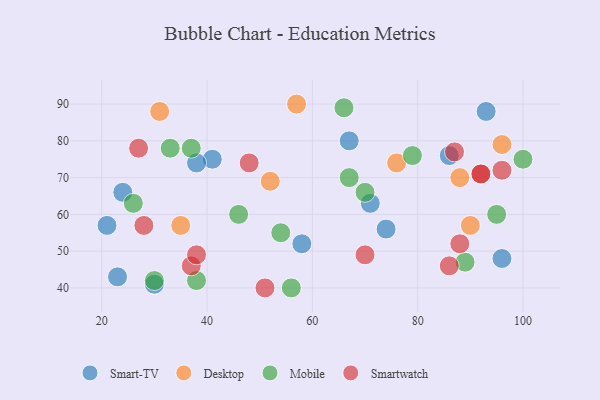
{"axis": {"x": "GDP", "y": "Life Expectancy"}, "legend": ["Desktop", "Mobile", "Smart-TV", "Smartwatch"], "data": [{"x": "71", "y": 63, "type": "Smart-TV"}, {"x": "86", "y": 76, "type": "Smart-TV"}, {"x": "24", "y": 66, "type": "Smart-TV"}, {"x": "30", "y": 41, "type": "Smart-TV"}, {"x": "23", "y": 43, "type": "Smart-TV"}, {"x": "41", "y": 75, "type": "Smart-TV"}, {"x": "21", "y": 57, "type": "Smart-TV"}, {"x": "58", "y": 52, "type": "Smart-TV"}, {"x": "74", "y": 56, "type": "Smart-TV"}, {"x": "38", "y": 74, "type": "Smart-TV"}, {"x": "93", "y": 88, "type": "Smart-TV"}, {"x": "67", "y": 80, "type": "Smart-TV"}, {"x": "96", "y": 48, "type": "Smart-TV"}, {"x": "96", "y": 79, "type": "Desktop"}, {"x": "90", "y": 57, "type": "Desktop"}, {"x": "35", "y": 57, "type": "Desktop"}, {"x": "76", "y": 74, "type": "Desktop"}, {"x": "31", "y": 88, "type": "Desktop"}, {"x": "88", "y": 70, "type": "Desktop"}, {"x": "57", "y": 90, "type": "Desktop"}, {"x": "52", "y": 69, "type": "Desktop"}, {"x": "54", "y": 55, "type": "Mobile"}, {"x": "100", "y": 75, "type": "Mobile"}, {"x": "79", "y": 76, "type": "Mobile"}, {"x": "70", "y": 66, "type": "Mobile"}, {"x": "89", "y": 47, "type": "Mobile"}, {"x": "26", "y": 63, "type": "Mobile"}, {"x": "38", "y": 42, "type": "Mobile"}, {"x": "56", "y": 40, "type": "Mobile"}, {"x": "95", "y": 60, "type": "Mobile"}, {"x": "37", "y": 78, "type": "Mobile"}, {"x": "67", "y": 70, "type": "Mobile"}, {"x": "46", "y": 60, "type": "Mobile"}, {"x": "30", "y": 42, "type": "Mobile"}, {"x": "33", "y": 78, "type": "Mobile"}, {"x": "66", "y": 89, "type": "Mobile"}, {"x": "27", "y": 78, "type": "Smartwatch"}, {"x": "96", "y": 72, "type": "Smartwatch"}, {"x": "87", "y": 77, "type": "Smartwatch"}, {"x": "37", "y": 46, "type": "Smartwatch"}, {"x": "86", "y": 46, "type": "Smartwatch"}, {"x": "51", "y": 40, "type": "Smartwatch"}, {"x": "92", "y": 71, "type": "Smartwatch"}, {"x": "70", "y": 49, "type": "Smartwatch"}, {"x": "88", "y": 52, "type": "Smartwatch"}, {"x": "38", "y": 49, "type": "Smartwatch"}, {"x": "48", "y": 74, "type": "Smartwatch"}, {"x": "28", "y": 57, "type": "Smartwatch"}, {"x": "92", "y": 71, "type": "Smartwatch"}]}